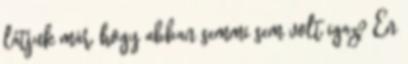
látjuk már, hogy abban semmi sem volt igaz? Én